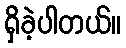
ရှိခဲ့ပါတယ်။